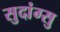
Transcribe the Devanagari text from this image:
सुदांग्सु